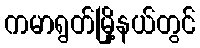
ကမာရွတ်မြို့နယ်တွင်